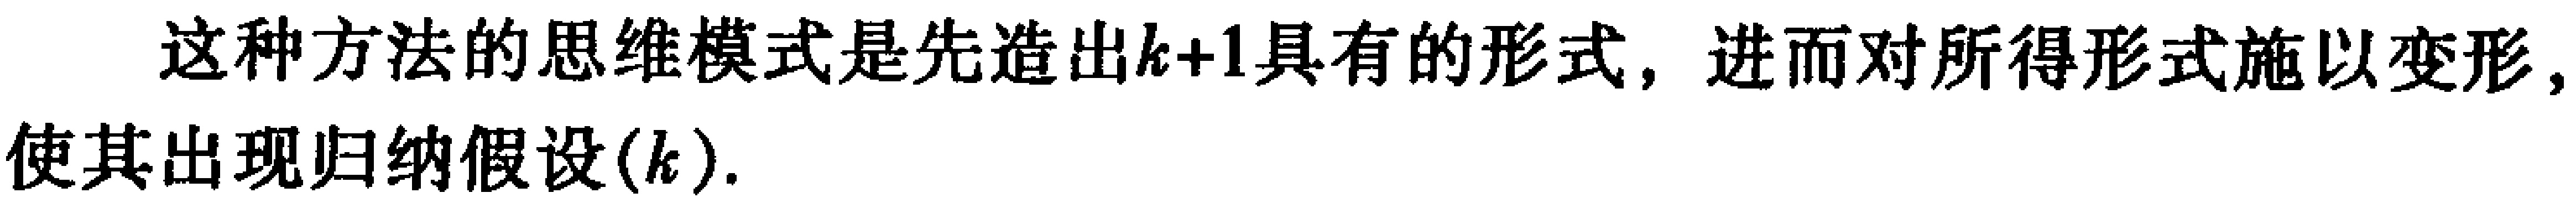
这种方法的思维模式是先造出\(k + 1\)具有的形式，进而对所得形式施以变形，使其出现归纳假设\((k)\)。